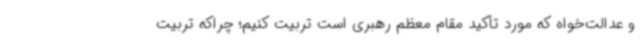
و عدالت‌خواه که مورد تأکید مقام معظم رهبری است تربیت کنیم؛ چراکه تربیت